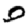
Digit: 0